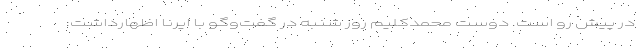
در پیش رو است. دوست محمدکلیم روز شنبه در گفت‌وگو با ایرنا اظهارداشت: